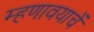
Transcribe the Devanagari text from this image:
म्हणावयाचें